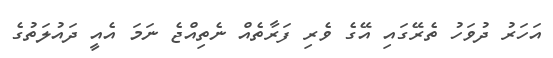
އަހަރު ދުވަހު ތެރޭގައި އޭގެ ވެރި ފަރާތެއް ނެތިއްޖެ ނަމަ އެއީ ދައުލަތުގެ